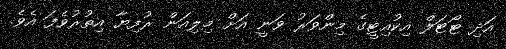
އަދި ޓޯޓަލް އިކުއިޓީގެ މިންވަރު ވަނީ އަށް މިލިއަން ރުފިޔާ އިތުރުވެފަ އެވެ.